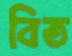
বিত